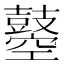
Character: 𪔣